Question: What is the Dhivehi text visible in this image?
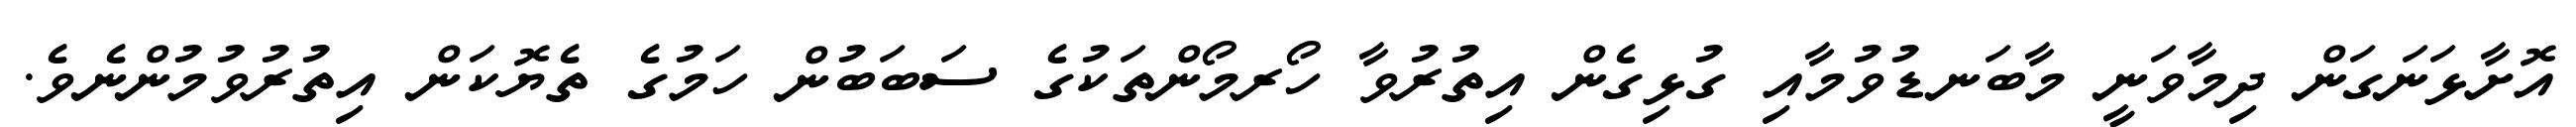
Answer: އޮށާޅަނަގަން ދިމާވަނީ މާބަނޑުވުމާއި ގުޅިގެން އިތުރުވާ ހޯރމޯންތަކުގެ ސަބަބުން ހަމުގެ ތެޔޮކަން އިތުރުވުމުންނެވެ.